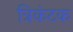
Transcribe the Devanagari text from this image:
त्रिकंटक